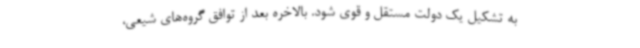
به تشکیل یک دولت مستقل و قوی شود. بالاخره بعد از توافق گروه‌های شیعی،